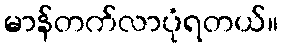
မာန်တက်လာပုံရတယ်။